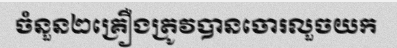
ចំនួន២គ្រឿងត្រូវបានចោរលួចយក